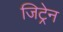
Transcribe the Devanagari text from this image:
जिट्रेन